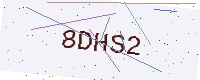
Text: 8DHS2